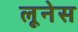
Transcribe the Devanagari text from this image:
लूनेस